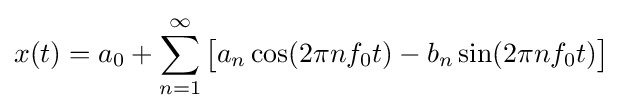
x(t)=a_{0}+\sum _{n=1}^{\infty }{\big [}a_{n}\cos(2\pi nf_{0}t)-b_{n}\sin(2\pi nf_{0}t){\big ]}